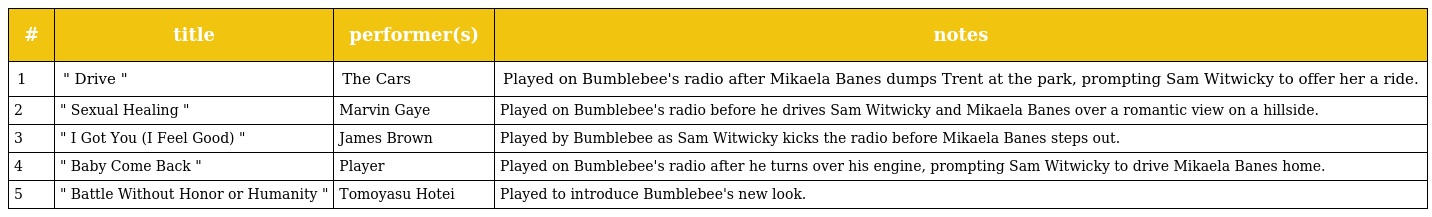
| # | title | performer(s) | notes |
 | --- | --- | --- | --- |
 | 1 | " Drive " | The Cars | Played on Bumblebee's radio after Mikaela Banes dumps Trent at the park, prompting Sam Witwicky to offer her a ride. |
 | 2 | " Sexual Healing " | Marvin Gaye | Played on Bumblebee's radio before he drives Sam Witwicky and Mikaela Banes over a romantic view on a hillside. |
 | 3 | " I Got You (I Feel Good) " | James Brown | Played by Bumblebee as Sam Witwicky kicks the radio before Mikaela Banes steps out. |
 | 4 | " Baby Come Back " | Player | Played on Bumblebee's radio after he turns over his engine, prompting Sam Witwicky to drive Mikaela Banes home. |
 | 5 | " Battle Without Honor or Humanity " | Tomoyasu Hotei | Played to introduce Bumblebee's new look. |